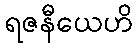
ရဇနီယေဟိ